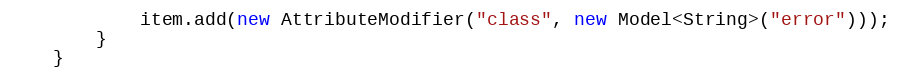
Language: Java
            item.add(new AttributeModifier("class", new Model<String>("error")));
        }
    }